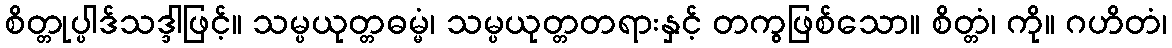
စိတ္တုပ္ပါဒ်သဒ္ဒါဖြင့်။ သမ္ပယုတ္တဓမ္မံ၊ သမ္ပယုတ္တတရားနှင့် တကွဖြစ်သော။ စိတ္တံ၊ ကို။ ဂဟိတံ၊